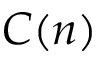
C ( n )